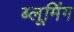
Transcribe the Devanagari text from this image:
ब्लूमिंग